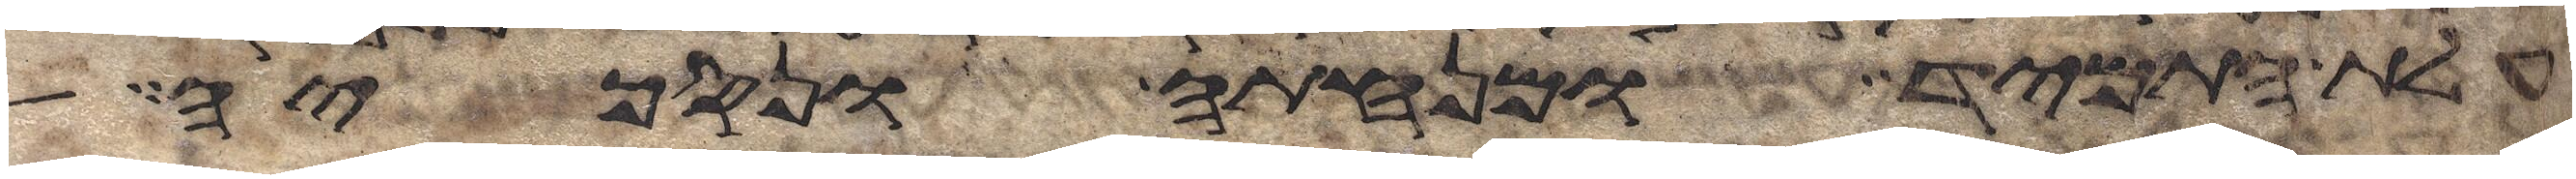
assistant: עלת התמיד ומנחתה ונסכיה